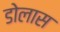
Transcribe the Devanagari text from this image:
डोलास